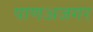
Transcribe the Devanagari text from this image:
पाणअजगर